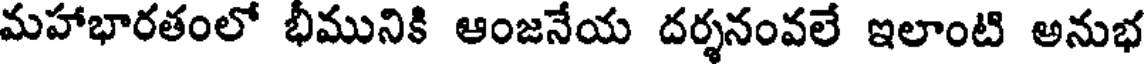
మహాభారతంలో భీమునికి ఆంజనేయ దర్శనంవలే ఇలాంటి అనుభ